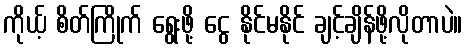
ကိုယ့် စိတ်ကြိုက် ရွေးဖို့ ငွေ နိုင်မနိုင် ချင့်ချိန်ဖို့လိုတာပဲ။